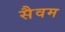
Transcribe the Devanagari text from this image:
सैवम